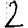
Digit: 2